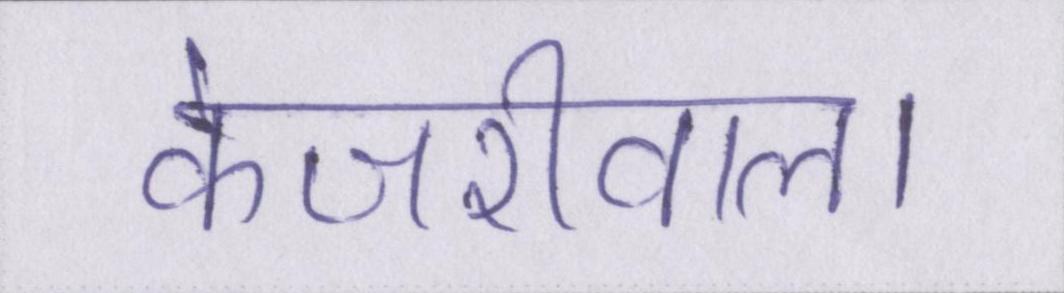
केजरीवाल